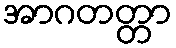
အာဂတတ္တာ